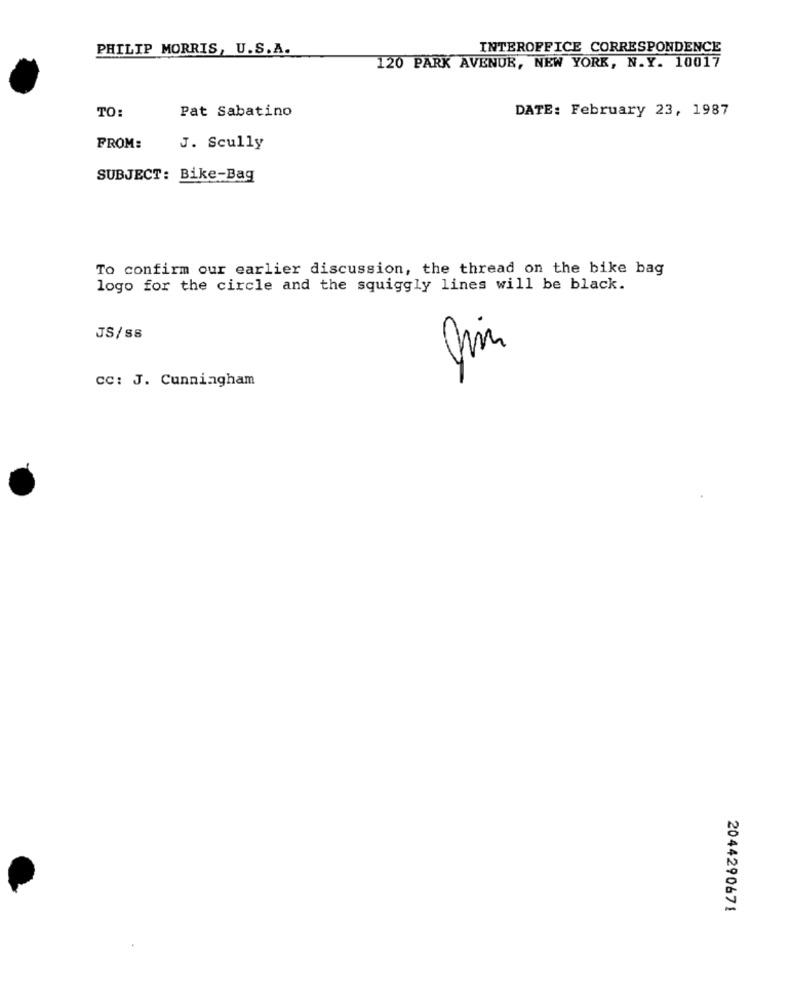
PHILIP MORRIS, U.S.A.
INTEROFFICE CORRESPONDENCE
120 PARK AVENUE, NEW YORK, N.Y. 10017
TO:
Pat Sabatino
DATE: February 23, 1987
FROM:
J. Scully
SUBJECT: Bike-Bag
To confirm our earlier discussion, the thread on the bike bag
logo for the circle and the squiggly lines will be black.
JS/88
CC: J. Cunningham
2044290671